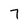
Character: 7